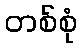
တစ်စုံ